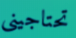
تحتاجيني